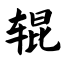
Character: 辊